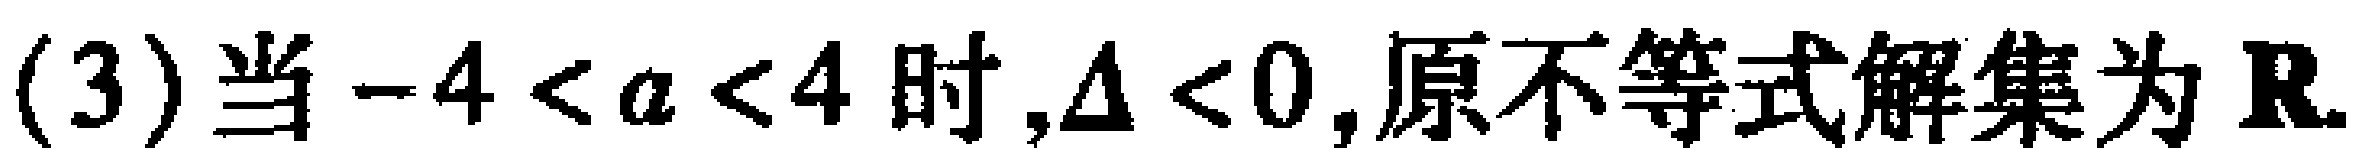
(3)当\(-4 < a < 4\)时,\(\Delta < 0\),原不等式解集为\(\mathbf{R}\).